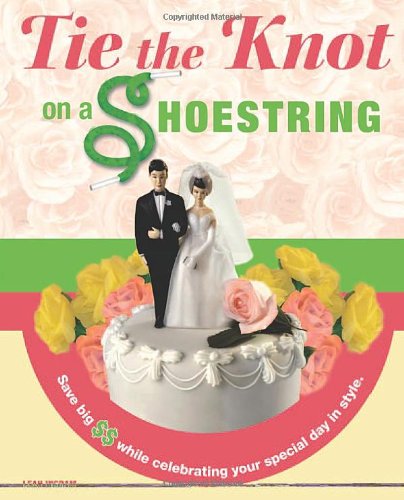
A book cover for Tie the Knot on a Shoestring; Leah Ingram; Crafts, Hobbies & Home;